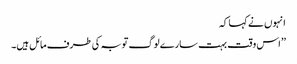
انہوں نے کہا کہ
’’اس وقت بہت سارے لوگ توبہ کی طرف مائل ہیں۔